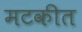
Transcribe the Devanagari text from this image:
मटकीत